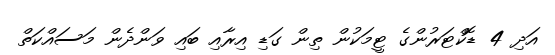
އަދި 4 ޑޮކްޓަރުންގެ ޓީމަކުން ތިން ގަޑި އިރާއި ބައި ވަންދެން މަސައްކަތް